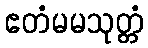
ဧတံမမသုတ္တံ